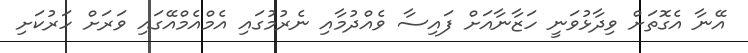
އޭނާ އެގޮތަށް ވިދާޅުވަނީ ހަޒާނާއަށް ފައިސާ ވެއްދުމާއި ނެރުމުގައި އެމްއެމްއޭގައި ވަރަށް ހަރުކަށި